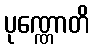
ပုဏ္ဏောတိ